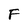
Character: F